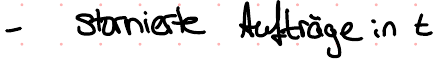
- stornierte Aufträge in t